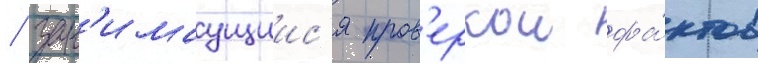
/ зан'имаущиис'я пров'еркои фа́ктов